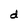
Character: d